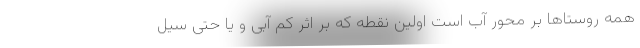
همه روستاها بر محور آب است اولین نقطه که بر اثر کم آبی و یا حتی سیل